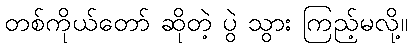
တစ်ကိုယ်တော် ဆိုတဲ့ ပွဲ သွား ကြည့်မလို့။